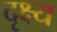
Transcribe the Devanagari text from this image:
दृक्ष्य